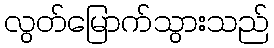
လွတ်မြောက်သွားသည်